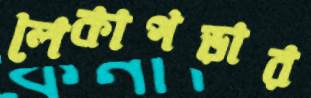
লেকাপড়ার